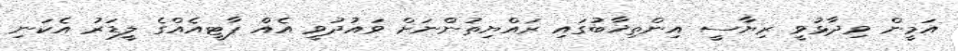
އަމީން ވިދާޅުވީ ރިޔާސީ އިންތިޚާބުގައި ރައްޔިތުންނަށް ވައުދުވީ އެއް ޕާޓީއެއްގެ ލީޑަރު އެކަނި